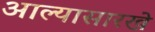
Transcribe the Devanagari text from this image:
आल्‍यासारखे